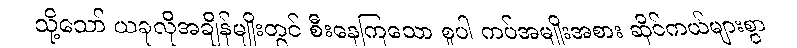
သို့သော် ယခုလိုအချိန်မျိုးတွင် စီးနေကြသော စူပါ ကပ်အမျိုးအစား ဆိုင်ကယ်များစွာ